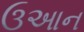
ઉઆન